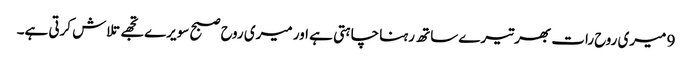
9 میری روح رات بھر تیرے ساتھ رہنا چاہتی ہے اور میری روح صبح سویرے تجھے تلاش کرتی ہے۔